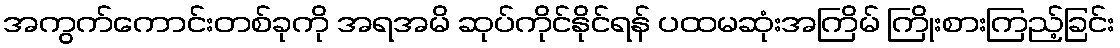
အကွက်ကောင်းတစ်ခုကို အရအမိ ဆုပ်ကိုင်နိုင်ရန် ပထမဆုံးအကြိမ် ကြိုးစားကြည့်ခြင်း